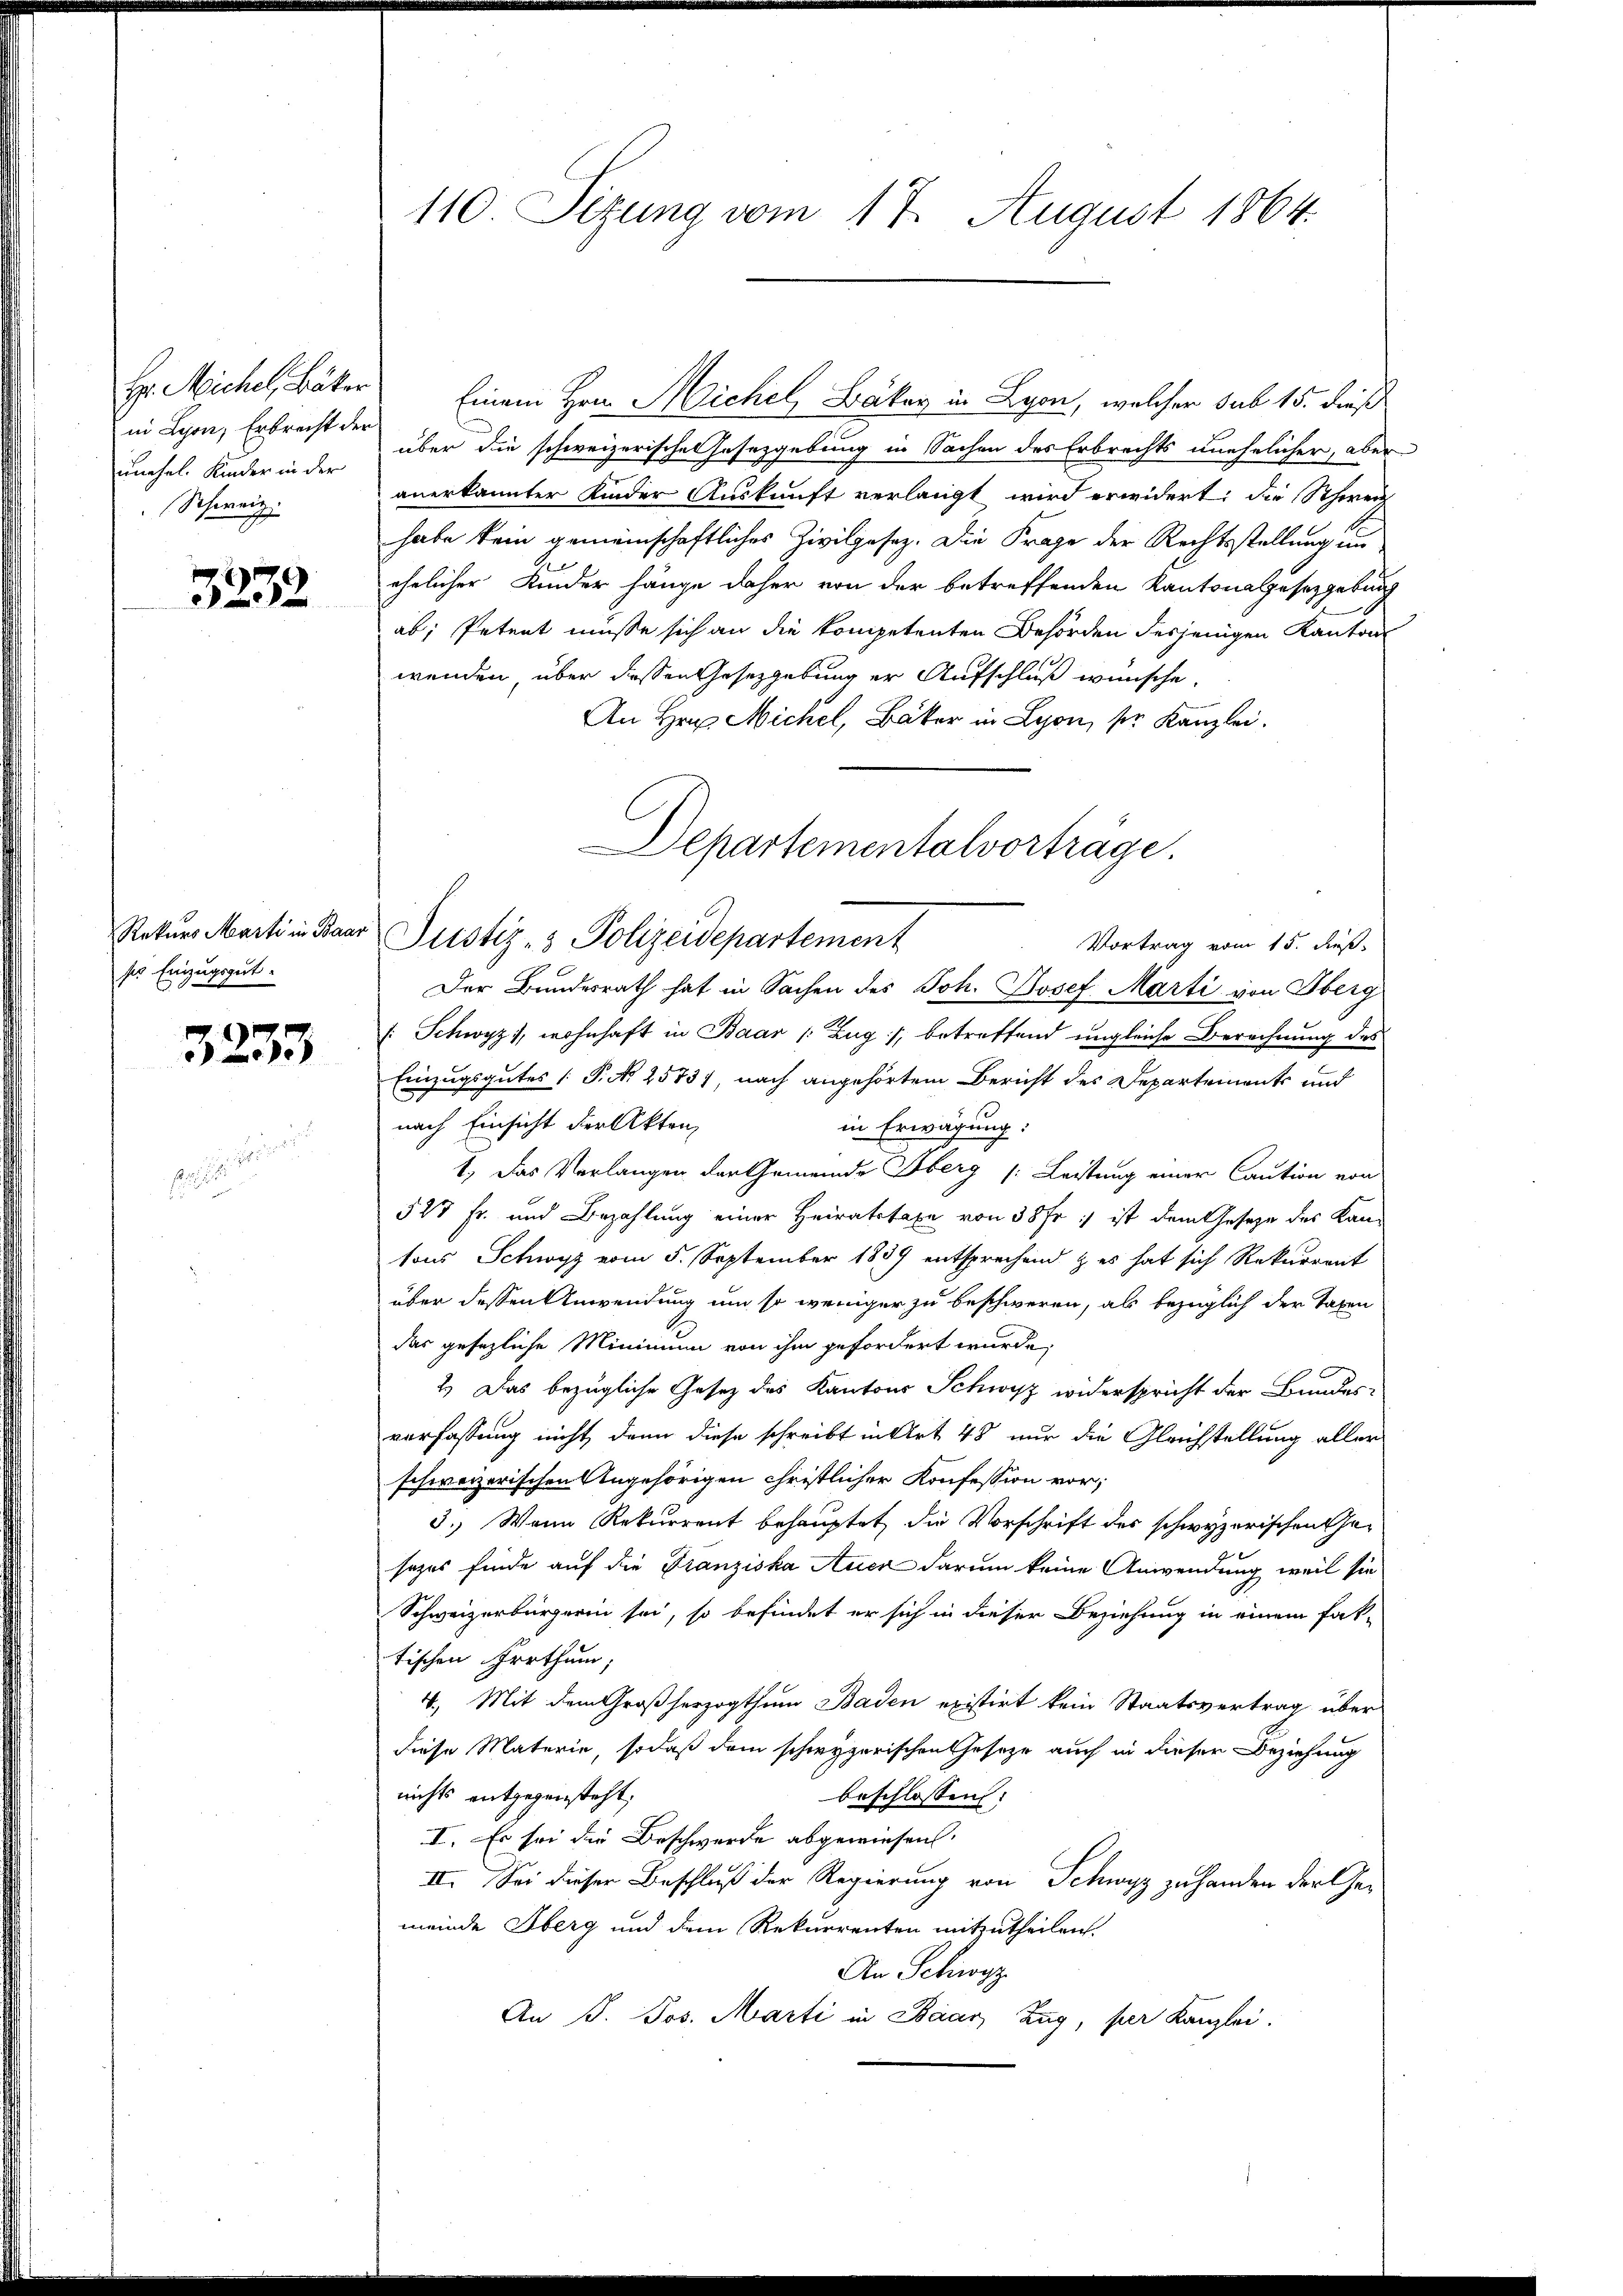
H. Michel, Bäker
in Lyon, Erbrecht der
unehel. Kinder in der
Schweiz.

3232

Rekurs Marti in Baar
Einzugsgut.
f

3233

i

110. Sizung vom 17. August 1864.

Einem Hrn. Michel, Bäker in Lyon, welcher sub 15. dieß
über die schweizerische Gesetzgebung in Sachen des Erbrechts unehelicher, aber
anerkannter Kinder Auskunft verlangt wird erwidert; die Schwer
habe kein gemeinschaftliches Zivilgesez. Die Frage der Rechtsstellung un
ehelicher Kinder hänge daher von der betreffenden Kantonagesetzgebung
ab; Petent müsse sich an die kompetenten Behörden desjenigen Kantons
wenden über dessen Gesetzgebung er Aufschluß wünsche.
An Hrn. Michel, Bäker in Lyon, sie Kanzlei.
Der Bundesrath hat in Sachen des Joh. Josef Marti von Oberg
: Schwyz), wohnhaft in Baar (Zug/, betreffend ungleiche Berechnung des
Einzugsgutes P. N. 2573), nach angehörtem Bericht des Departements und
nach Einsicht der Akten,
in Erwägung:
1.) Das Verlangen der Gemeinde Oberg (: Leitung einer Caution von
527 Fr. und Bezahlung einer Heiratstaxe von 38 fr :/ ist dem Gesetze des Kantons Schwyz vom 5. September 1889 entsprechend & es hat sich Rekurrent
über dessen Anwendung um so weniger zu beschweren, als bezüglich der Taxen
das gesezliche Minimum von ihm gefordert wurde,
2.) Das bezügliche Gesetz des Kantons Schwyz widerspricht der Bundes-
verfassung nicht dann diese schreibt in Art 48 nur die Gleichstellung aller
schweizerischen Angehörigen christlicher Konfession vor;
3. Wenn Rekurrent behauptet, die Vorschrift des schwyzerischen Gesezes finde auf die Franziska Auer darum keine Anwendung weil sie
Schweizerbürgerin sei, so befindet er sich in dieser Beziehung in einem fak-
tischen Irrthum,
4. Mit dem Großherzogthum Baden existirt kein Staatsvertrag über
diese Materie, sodaß dem schwyzerischen Gesetze auch in dieser Beziehung
nichts entgegensteht,
beschlossen:
I. Es sei die Beschwerde abgewiesen.
II. Sei dieser Beschluß der Regierung von Schwyz zu handen der Gemeinde Oberg und dem Rekurrenten mitzutheilen.
An Schwyz
An J. Jos. Marti in Baar Zug, per Kanzlei.

Departementalvorträge.
Justiz- & Polizeidepartement
Vortrag vom 15. dieß.